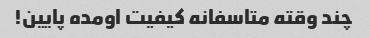
چند وقته متاسفانه کیفیت اومده پایین!